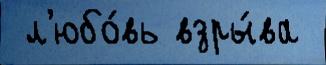
 л'юбо́вь взры́ва